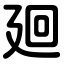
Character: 廻